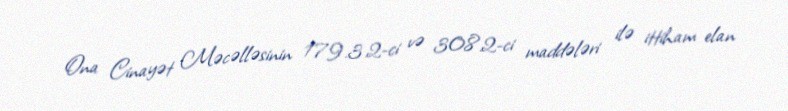
Ona Cinayət Məcəlləsinin 179.3.2-ci və 308.2-ci maddələri ilə ittiham elan